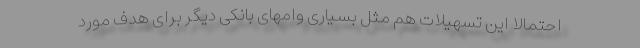
احتمالا این تسهیلات هم مثل بسیاری وامهای بانکی دیگر برای هدف مورد